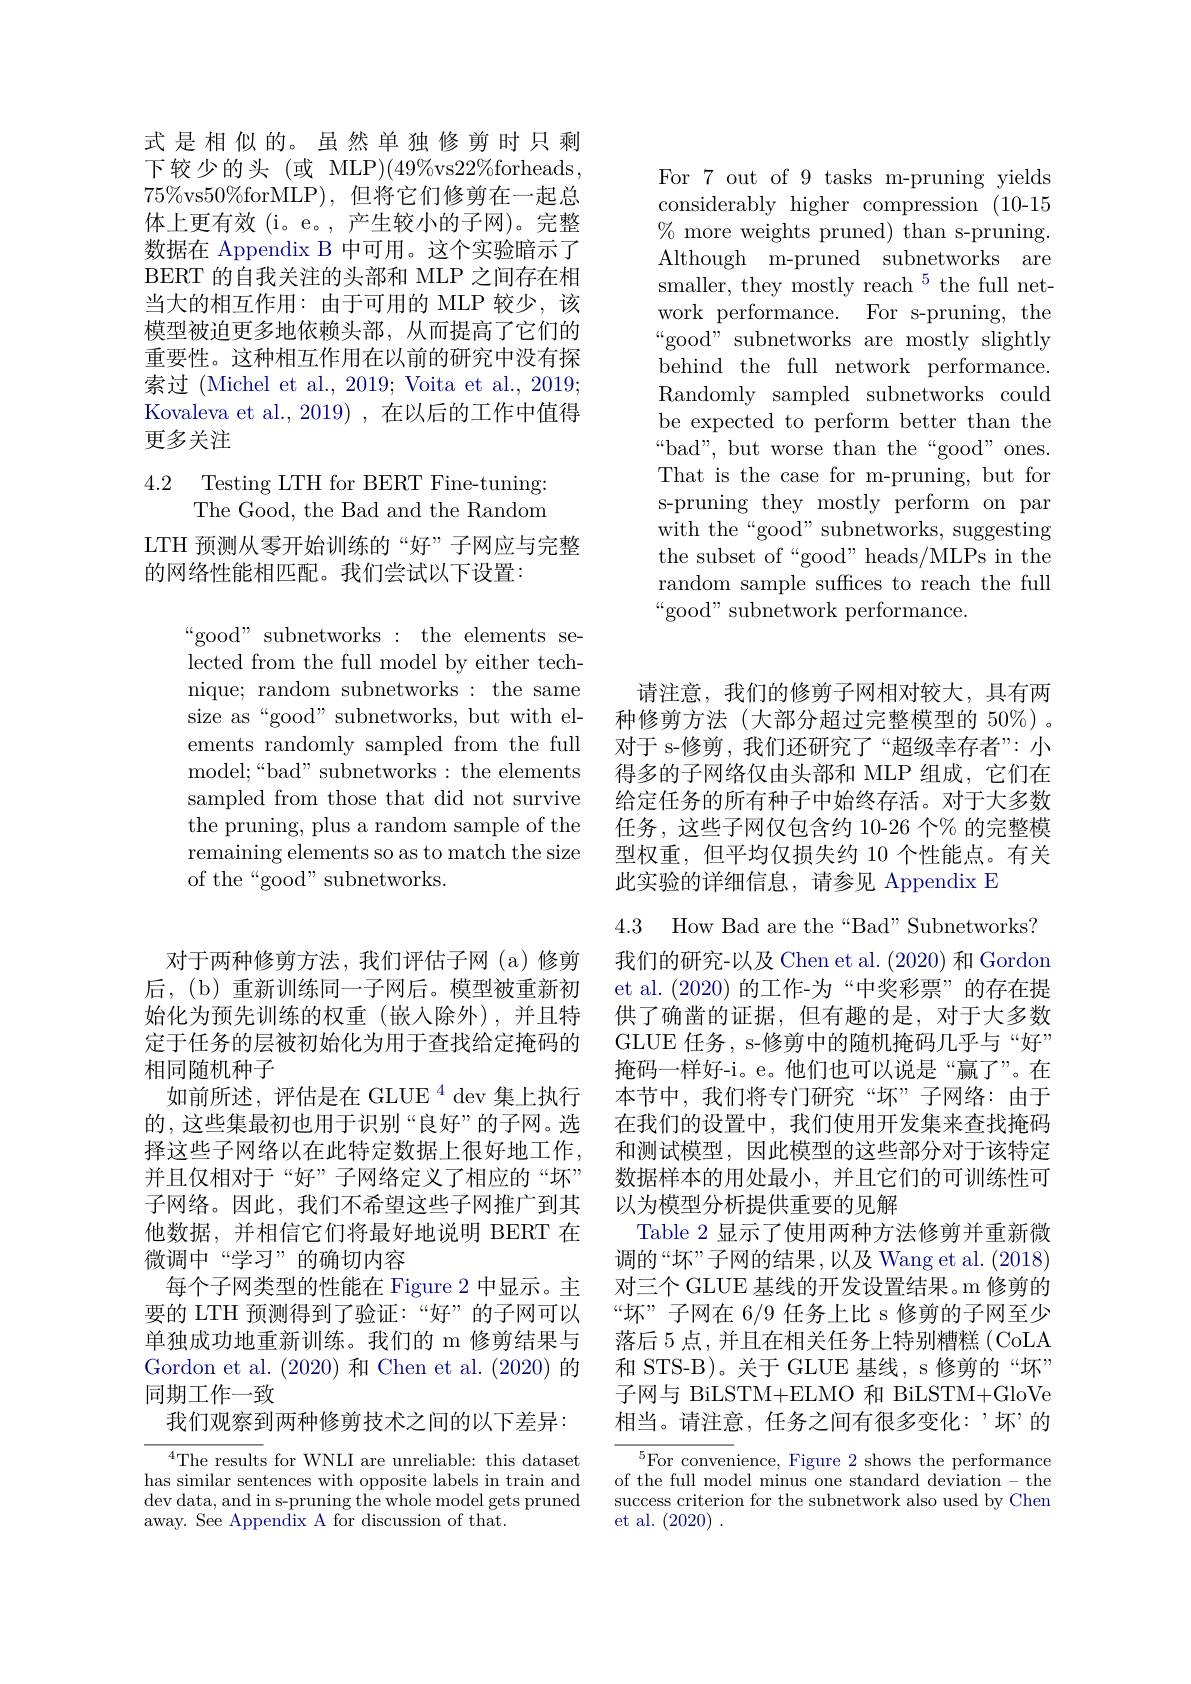
式是相似的。虽然单独修剪时只剩下较少的头(或 MLP)(49%vs$22\%$forheads, $75\%$vs$50\%$forMLP),但将它们修剪在一起总体上更有效 (i。e。,产生较小的子网)。完整数据在 Appendix B 中可用。这个实验暗示了BERT 的自我关注的头部和 MLP 之间存在相当大的相互作用：由于可用的 MLP 较少，该模型被迫更多地依赖头部，从而提高了它们的重要性。这种相互作用在以前的研究中没有探索过 (Michel et al., 2019; Voita et al., 2019; Kovaleva et al., 2019) , 在以后的工作中值得更多关注

# 4.2 Testing LTH for BERT Fine-tuning: The Good, the Bad and the Random

LTH 预测从零开始训练的“好”子网应与完整
的网络性能相匹配。我们尝试以下设置：

“good” subnetworks: the elements selected from the full model by either technique; random subnetworks: the same size as“good” subnetworks, but with elements randomly sampled from the full model;“bad” subnetworks: the elements sampled from those that did not survive the pruning, plus a random sample of the remaining elements so as to match the size of the“good”subnetworks.

For 7 out of 9 tasks m-pruning yields considerably higher compression (10-15 $\%$ more weights pruned) than s-pruning. Although m-pruned subnetworks are smaller, they mostly reach $^{5}$the full network performance. For s-pruning, the “good” subnetworks are mostly slightly behind the full network performance. Randomly sampled subnetworks could be expected to perform better than the $“$bad", but worse than the“good” ones. That is the case for m-pruning, but for s-pruning they mostly perform on par ${\mathrm{with~the~“good"subnetworks,~suggesting}}$ the subset of“good”heads/MLPs in the random sample suffices to reach the full “good” subnetwork performance.

对于两种修剪方法，我们评估子网(a)修剪后，(b)重新训练同一子网后。模型被重新初始化为预先训练的权重(嵌入除外),并且特定于任务的层被初始化为用于查找给定掩码的相同随机种子
如前所述，评估是在 GLUE $^{4}$ dev 集上执行的，这些集最初也用于识别“良好”的子网。选择这些子网络以在此特定数据上很好地工作， 并且仅相对于“好”子网络定义了相应的“坏” 子网络。因此，我们不希望这些子网推广到其他数据，并相信它们将最好地说明 BERT 在微调中“学习”的确切内容
每个子网类型的性能在 Figure 2 中显示。主要的 LTH 预测得到了验证：“好”的子网可以单独成功地重新训练。我们的 m 修剪结果与Gordon et al. (2020)和 Chen et al.(2020)的同期工作一致
我们观察到两种修剪技术之间的以下差异：

$^{4}$The results for WNLI are unreliable: this dataset has similar sentences with opposite labels in train and dev data, and in s-pruning the whole model gets pruned away. See Appendix A for discussion of that.

请注意，我们的修剪子网相对较大，具有两种修剪方法(大部分超过完整模型的 50%)。对于 s-修剪，我们还研究了“超级幸存者”:小得多的子网络仅由头部和 MLP 组成，它们在给定任务的所有种子中始终存活。对于大多数任务，这些子网仅包含约 10-26 个% 的完整模型权重，但平均仅损失约 10 个性能点。有关此实验的详细信息，请参见 Appendix E

4.3 How Bad are the“Bad” Subnetworks?

我们的研究-以及 Chen et al. (2020)和 Gordon et al.(2020)的工作-为“中奖彩票”的存在提供了确凿的证据，但有趣的是，对于大多数GLUE 任务，s-修剪中的随机掩码几乎与“好” 掩码一样好-i。e。他们也可以说是“赢了”。在本节中，我们将专门研究“坏”子网络：由于在我们的设置中，我们使用开发集来查找掩码和测试模型，因此模型的这些部分对于该特定数据样本的用处最小，并且它们的可训练性可以为模型分析提供重要的见解
Table 2 显示了使用两种方法修剪并重新微调的“坏”子网的结果，以及 Wang et al. (2018) 对三个 GLUE 基线的开发设置结果。m 修剪的“坏”子网在 6/9 任务上比 s 修剪的子网至少落后 5 点 , 并且在相关任务 上特别糟糕 ( CoLA 和 STS-B)。关于 GLUE 基线，s 修剪的“坏” 子网与 BiLSTM+ELMO 和 BiLSTM+GloVe 相当。请注意，任务之间有很多变化：‘坏’的${^5\text{For conven}}$ience, Figure 2 shows the performance

of the full model minus one standard deviation - the success criterion for the subnetwork also used by Chen et al. (2020).